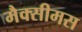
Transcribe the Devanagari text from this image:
मैक्सीमस